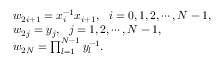
\begin{array} { l } { { w _ { 2 i + 1 } = x _ { i } ^ { - 1 } x _ { i + 1 } , ~ ~ i = 0 , 1 , 2 , \cdots , N - 1 , } } \\ { { w _ { 2 j } = y _ { j } , ~ ~ j = 1 , 2 , \cdots , N - 1 , } } \\ { { w _ { 2 N } = \prod _ { l = 1 } ^ { N - 1 } y _ { l } ^ { - 1 } . } } \end{array}